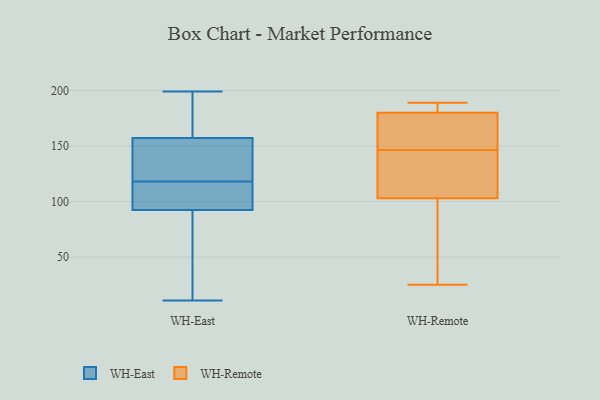
{"axis": {"x": "Budget (USD K)", "y": "Value"}, "legend": ["WH-East", "WH-Remote"], "data": [{"x": "", "y": 118, "type": "WH-East"}, {"x": "", "y": 149, "type": "WH-East"}, {"x": "", "y": 126, "type": "WH-East"}, {"x": "", "y": 178, "type": "WH-East"}, {"x": "", "y": 107, "type": "WH-East"}, {"x": "", "y": 94, "type": "WH-East"}, {"x": "", "y": 106, "type": "WH-East"}, {"x": "", "y": 92, "type": "WH-East"}, {"x": "", "y": 163, "type": "WH-East"}, {"x": "", "y": 53, "type": "WH-East"}, {"x": "", "y": 52, "type": "WH-East"}, {"x": "", "y": 145, "type": "WH-East"}, {"x": "", "y": 121, "type": "WH-East"}, {"x": "", "y": 183, "type": "WH-East"}, {"x": "", "y": 160, "type": "WH-East"}, {"x": "", "y": 11, "type": "WH-East"}, {"x": "", "y": 96, "type": "WH-East"}, {"x": "", "y": 76, "type": "WH-East"}, {"x": "", "y": 199, "type": "WH-East"}, {"x": "", "y": 25, "type": "WH-Remote"}, {"x": "", "y": 125, "type": "WH-Remote"}, {"x": "", "y": 180, "type": "WH-Remote"}, {"x": "", "y": 180, "type": "WH-Remote"}, {"x": "", "y": 81, "type": "WH-Remote"}, {"x": "", "y": 174, "type": "WH-Remote"}, {"x": "", "y": 189, "type": "WH-Remote"}, {"x": "", "y": 57, "type": "WH-Remote"}, {"x": "", "y": 189, "type": "WH-Remote"}, {"x": "", "y": 130, "type": "WH-Remote"}, {"x": "", "y": 52, "type": "WH-Remote"}, {"x": "", "y": 189, "type": "WH-Remote"}, {"x": "", "y": 129, "type": "WH-Remote"}, {"x": "", "y": 153, "type": "WH-Remote"}, {"x": "", "y": 140, "type": "WH-Remote"}, {"x": "", "y": 166, "type": "WH-Remote"}]}